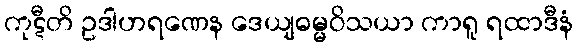
ကုဋီတိ ဥဒါဟရဏေန ဒေယျဓမ္မဝိသယာ ကာရူ ရထာဒီနံ